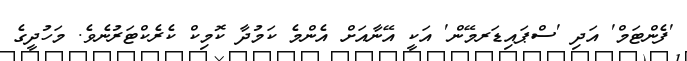
'ފެންޓަމް' އަދި 'ސްޕައިޑަރމޭން' އަކީ އޭނާއަށް އެންމެ ކަމުދާ ކޮމިކް ކެރެކްޓަރުނެވެ. މަހުދީގެ